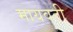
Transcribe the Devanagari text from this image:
मायवती